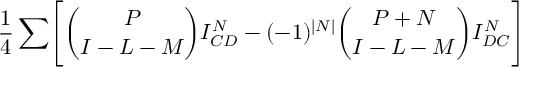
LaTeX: { \frac { 1 } { 4 } } \sum \Biggl [ { \binom { P } { I - L - M } } I _ { C D } ^ { N } - ( - 1 ) ^ { \vert N \vert } { \binom { P + N } { I - L - M } } I _ { D C } ^ { N } \Biggr ]